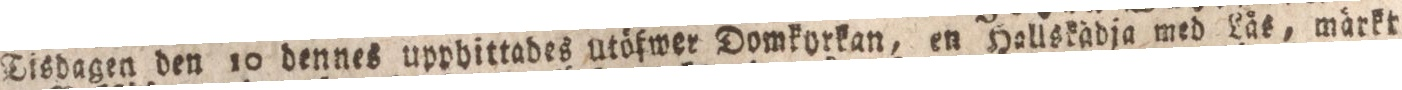
Tisdagen den 10 dennes upphittades utöfwer Domkorkan, en Haliskädja med Läs, märkt